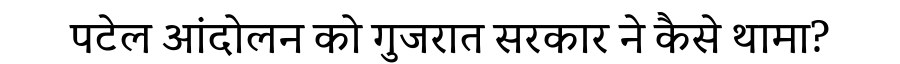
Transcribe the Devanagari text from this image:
पटेल आंदोलन को गुजरात सरकार ने कैसे थामा?